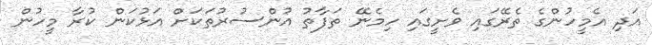
އަދި އެމީހުންގެ ތެރޭގައި ވެށީގައި ހިމެނޭ ތަފާތު އުންސުރުތަކަށް އަޅުކަން ކުރާ މީހުން